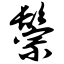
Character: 鬃